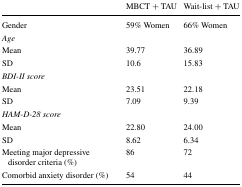
<table><thead><tr><td></td><td><b>MBCT + TAU</b></td><td><b>Wait-list + TAU</b></td></tr></thead><tbody><tr><td>Gender</td><td>59% Women</td><td>66% Women</td></tr><tr><td colspan="3"><i>Age</i></td></tr><tr><td>Mean</td><td>39.77</td><td>36.89</td></tr><tr><td>SD</td><td>10.6</td><td>15.83</td></tr><tr><td colspan="3"><i>BDI-II score</i></td></tr><tr><td>Mean</td><td>23.51</td><td>22.18</td></tr><tr><td>SD</td><td>7.09</td><td>9.39</td></tr><tr><td colspan="3"><i>HAM-D-28 score</i></td></tr><tr><td>Mean</td><td>22.80</td><td>24.00</td></tr><tr><td>SD</td><td>8.62</td><td>6.34</td></tr><tr><td>Meeting major depressive disorder criteria (%)</td><td>86</td><td>72</td></tr><tr><td>Comorbid anxiety disorder (%)</td><td>54</td><td>44</td></tr></tbody></table>